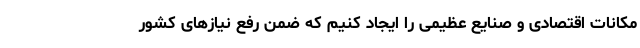
مکانات اقتصادی و صنایع عظیمی را ایجاد کنیم که ضمن رفع نیازهای کشور